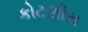
કોટણીસ